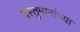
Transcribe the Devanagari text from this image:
वस्तुमानांच्या